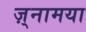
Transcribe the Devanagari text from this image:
ज़्नामया